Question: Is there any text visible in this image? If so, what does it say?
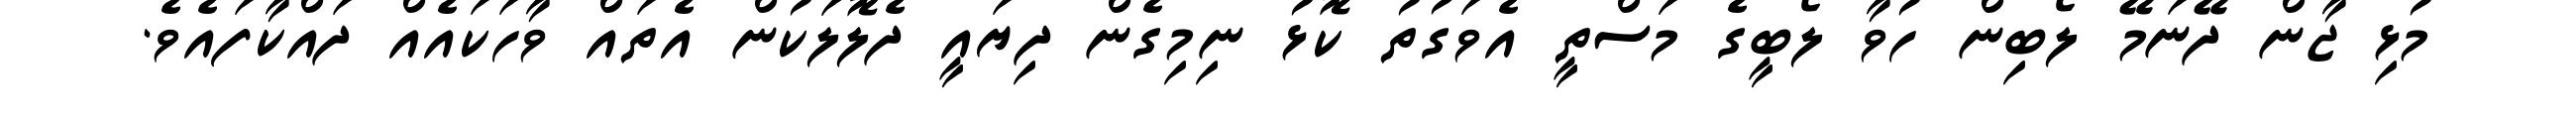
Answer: މުޅި ޖާން ދޭނަމޭ ލޯބިން ހުވާ ލޯބީގެ މަސްތީ އެވަގުތު ކޮޅު ނިމިގެން ދިޔައީ ދެލޮލަކުން އެތައް ވާހަކައެއް ދައްކާފައެވެ.